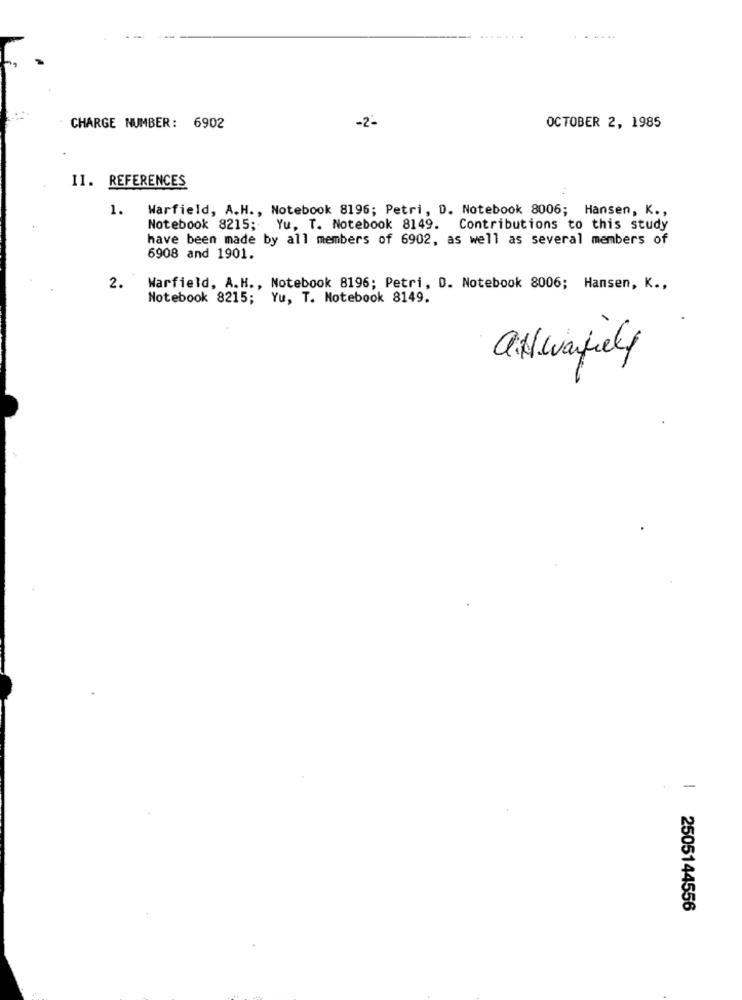
-2-
CHARGE NUMBER: 6902
OCTOBER 2, 1985
11. REFERENCES
1.
Warfield, A.H ., Notebook 8196; Petri, D. Notebook 8006; Hansen, K .,
Notebook 8215; Yu, T. Notebook 8149. Contributions to this study
have been made by all members of 6902, as well as several members of
6908 and 1901.
2.
Warfield, A.H ., Notebook 8196; Petri, D. Notebook 8006; Hansen, K .,
Notebook 8215; Yu, T. Notebook 8149.
alwarkely
-
2505144556